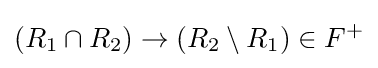
(R_{1}\cap R_{2})\to (R_{2}\setminus R_{1})\in F^{+}